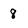
Character: 8